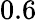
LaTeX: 0.6